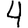
Digit: 4